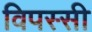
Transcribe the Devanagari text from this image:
विपस्सी